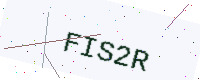
Text: FIS2R